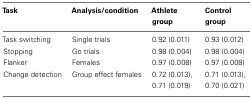
<table><thead><tr><td><b>Task</b></td><td><b>Analysis/condition</b></td><td><b>Athlete group</b></td><td><b>Control group</b></td></tr></thead><tbody><tr><td>Task switching</td><td>Single trials</td><td>0.92 (0.011)</td><td>0.93 (0.012)</td></tr><tr><td>Stopping</td><td>Go trials</td><td>0.98 (0.004)</td><td>0.98 (0.004)</td></tr><tr><td>Flanker</td><td>Females</td><td>0.97 (0.008)</td><td>0.97 (0.008)</td></tr><tr><td>Change detection</td><td>Group effect females</td><td>0.72 (0.013), 0.71 (0.019)</td><td>0.71 (0.013), 0.70 (0.021)</td></tr></tbody></table>